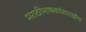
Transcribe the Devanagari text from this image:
मराठीभाषकांसारखीच